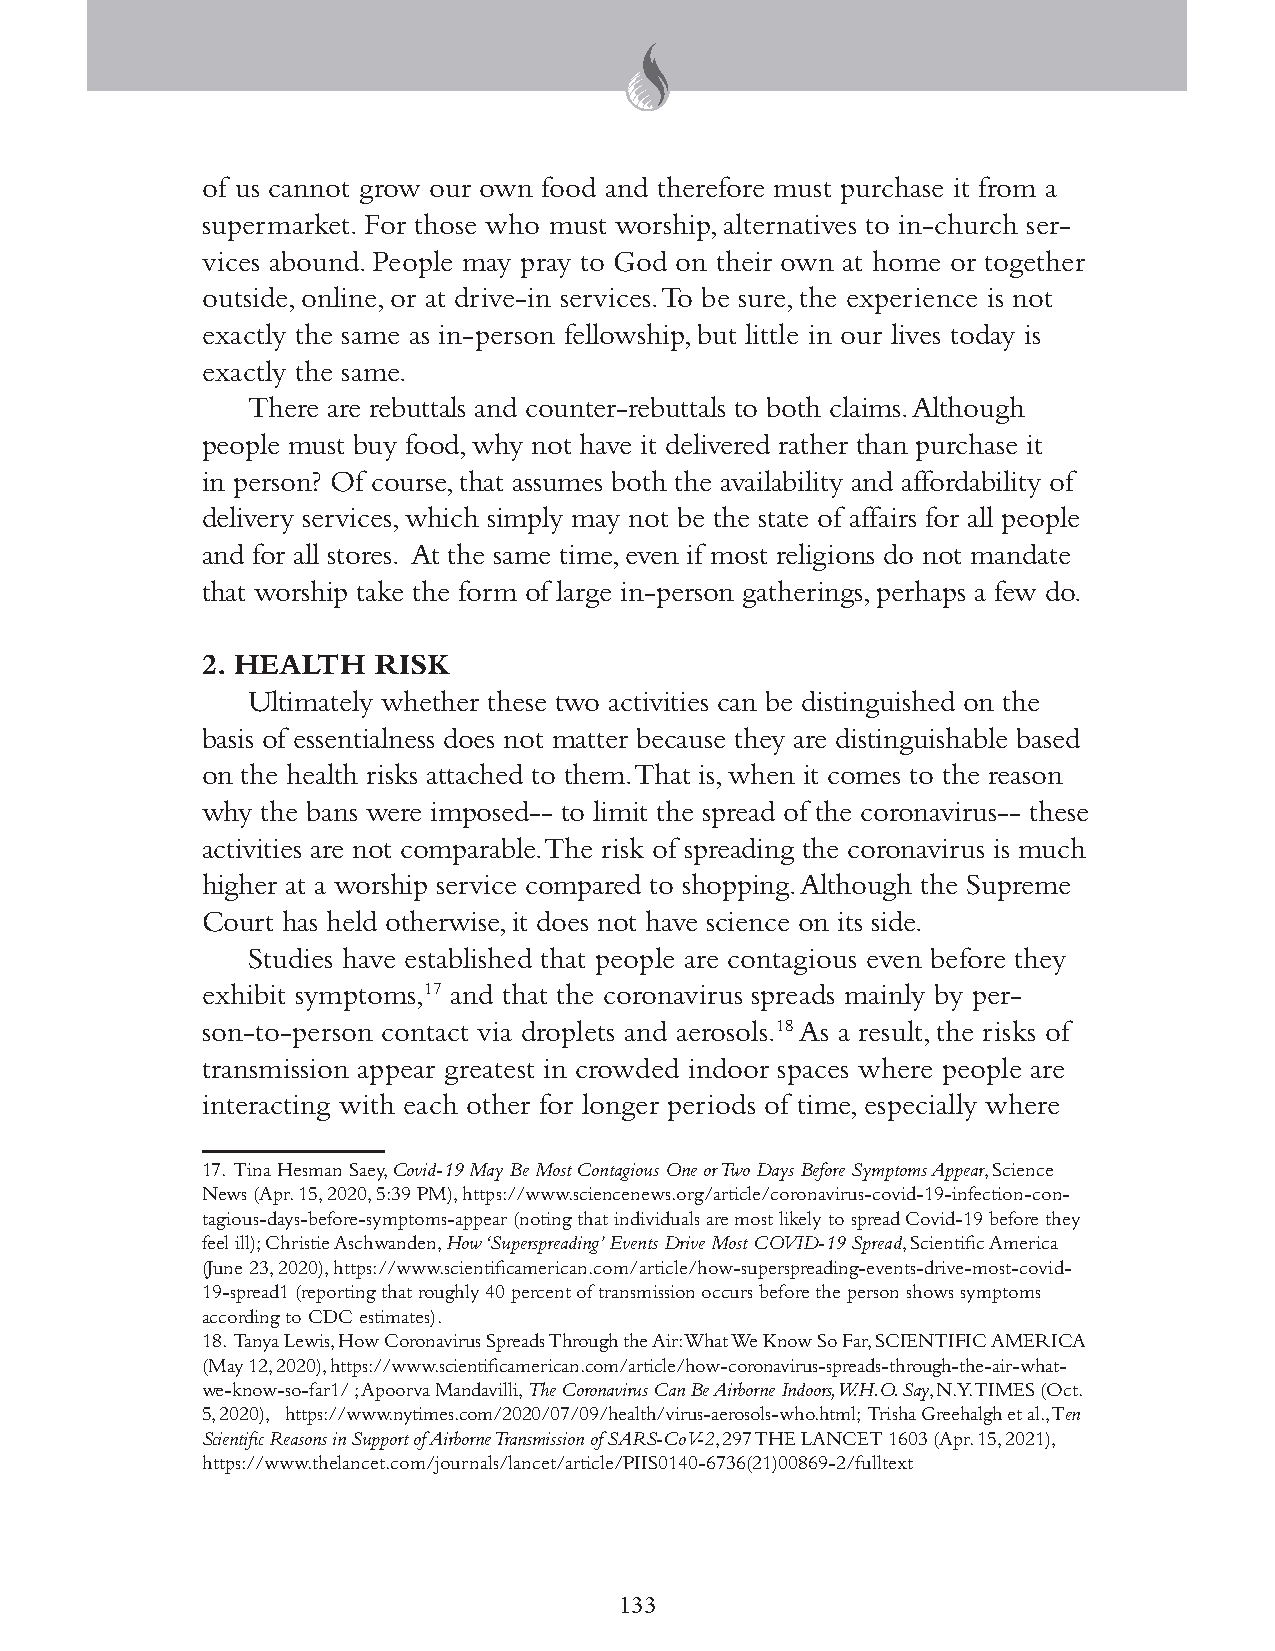
of us cannot grow our own food and therefore must purchase it from a
 supermarket. For those who must worship, alternatives to in-church ser-
 vices abound. People may pray to God on their own at home or together
 outside, online, or at drive-in services. To be sure, the experience is not
 exactly the same as in-person fellowship, but little in our lives today is
 exactly the same.
 There are rebuttals and counter-rebuttals to both claims. Although
 people must buy food, why not have it delivered rather than purchase it
 in person? Of course, that assumes both the availability and affordability of
 delivery services, which simply may not be the state of affairs for all people
 and for all stores. At the same time, even if most religions do not mandate
 that worship take the form of large in-person gatherings, perhaps a few do.
 2. HEALTH   RISK
 Ultimately whether these two activities can be distinguished on the
 basis of essentialness does not matter because they are distinguishable based
 on the health risks attached to them. That is, when it comes to the reason
 why the bans were imposed-- to limit the spread of the coronavirus-- these
 activities are not comparable. The risk of spreading the coronavirus is much
 higher at a worship service compared to shopping. Although the Supreme
 Court has held otherwise, it does not have science on its side.
 Studies have established that people are contagious even before they
 exhibit symptoms,17 and that the coronavirus spreads mainly by per-
 son-to-person contact via droplets and aerosols.18 As a result, the risks of
 transmission appear greatest in crowded indoor spaces where people are
 interacting with each other for longer periods of time, especially where
 17. Tina Hesman Saey, Covid-19 May Be Most Contagious One or Two Days Before Symptoms Appear, Science
 News (Apr. 15, 2020, 5:39 PM), https://www.sciencenews.org/article/coronavirus-covid-19-infection-con-
 tagious-days-before-symptoms-appear (noting that individuals are most likely to spread Covid-19 before they
 feel ill); Christie Aschwanden, How ‘Superspreading’ Events Drive Most COVID-19 Spread, Scientific America
 (June 23, 2020), https://www.scientificamerican.com/article/how-superspreading-events-drive-most-covid-
 19-spread1 (reporting that roughly 40 percent of transmission occurs before the person shows symptoms
 according to CDC estimates).
 18. Tanya Lewis, How Coronavirus Spreads Through the Air: What We Know So Far, SCIENTIFIC AMERICA
 (May 12, 2020), https://www.scientificamerican.com/article/how-coronavirus-spreads-through-the-air-what-
 we-know-so-far1/ ; Apoorva Mandavilli, The Coronavirus Can Be Airborne Indoors, W.H.O. Say, N.Y. TIMES (Oct.
 5, 2020), https://www.nytimes.com/2020/07/09/health/virus-aerosols-who.html; Trisha Greehalgh et al., Ten
 Scientific Reasons in Support of Airborne Transmission of SARS-CoV-2, 297 THE LANCET 1603 (Apr. 15, 2021),
 https://www.thelancet.com/journals/lancet/article/PIIS0140-6736(21)00869-2/fulltext
 133